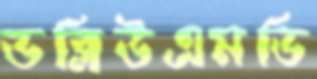
ডব্লিউএমডি